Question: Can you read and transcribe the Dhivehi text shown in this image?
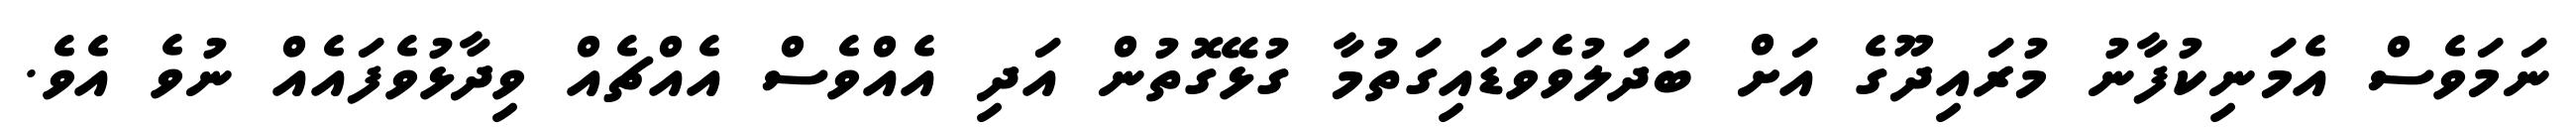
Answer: ނަމަވެސް އެމަނިކުފާނު މުރައިދޫގެ އަށް ބަދަލުވެވަޑައިގަތުމާ ގުޅޭގޮތުން އަދި އެއްވެސް އެއްޗެއް ވިދާޅުވެފައެއް ނުވެ އެވެ.